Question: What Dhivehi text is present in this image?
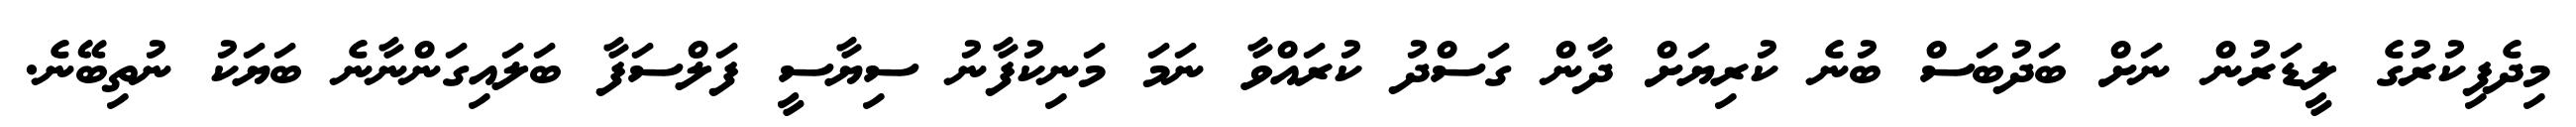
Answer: މިދެފިކުރުގެ ލީޑަރުން ނަށް ބަދުބަސް ބުނެ ކުރިޔަށް ދާން ގަސްދު ކުރައްވާ ނަމަ މަނިކުފާނު ސިޔާސީ ފަލްސަފާ ބަލައިގަންނާނެ ބަޔަކު ނުތިބޭނެ.